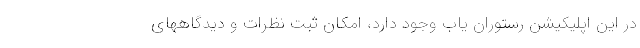
در این اپلیکیشن رستوران یاب وجود دارد، امکان ثبت نظرات و دیدگاههای